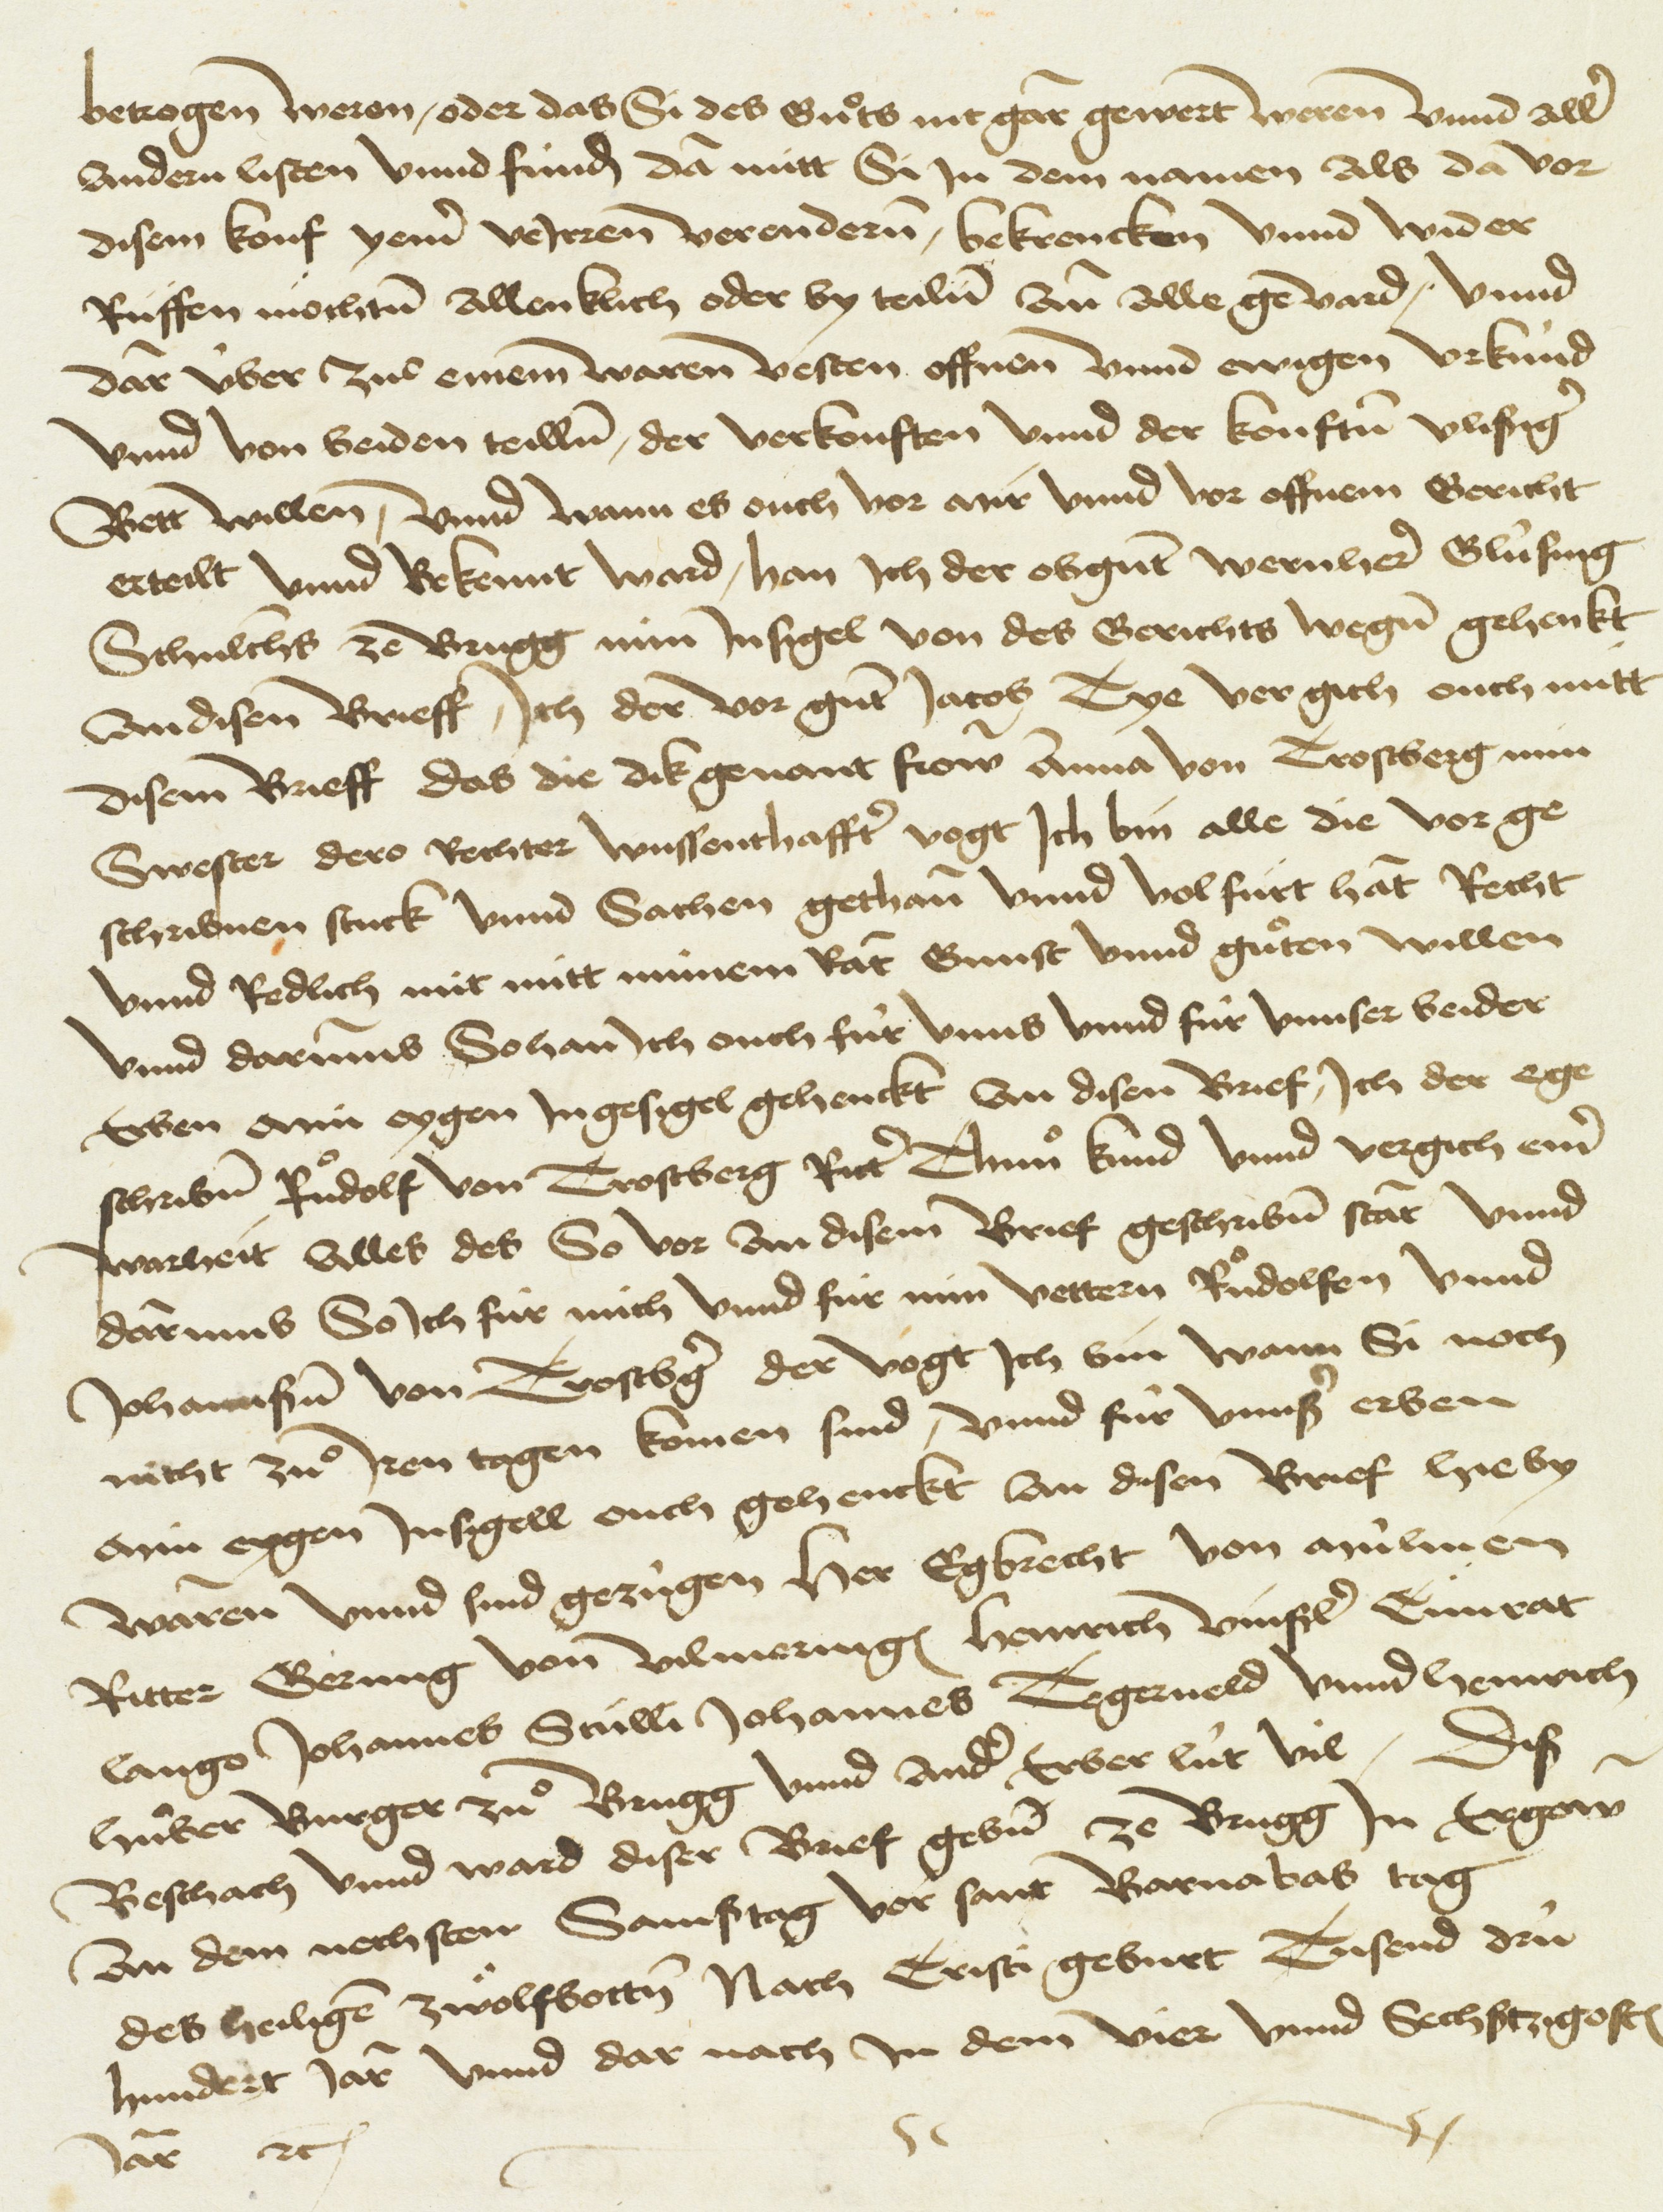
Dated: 1404–1500